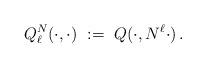
LaTeX: \begin{align*} Q^N_\ell(\cdot,\cdot) \ := \ Q(\cdot , N^\ell\cdot)\,.\end{align*}